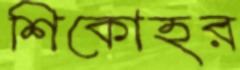
শিকোহর